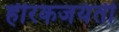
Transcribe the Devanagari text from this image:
हीरकजयंती